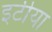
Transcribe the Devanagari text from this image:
इटीया